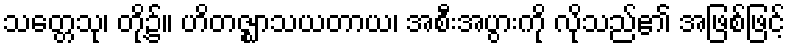
သတ္တေသု၊ တို့၌။ ဟိတဇ္ဈာသယတာယ၊ အစီးအပွားကို လိုသည်၏ အဖြစ်ဖြင့်